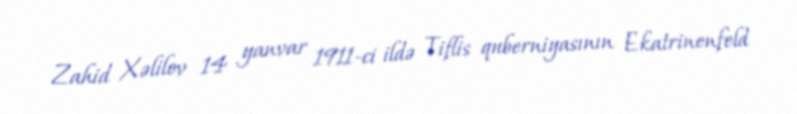
Zahid Xəlilov 14 yanvar 1911-ci ildə Tiflis quberniyasının Ekatrinenfeld